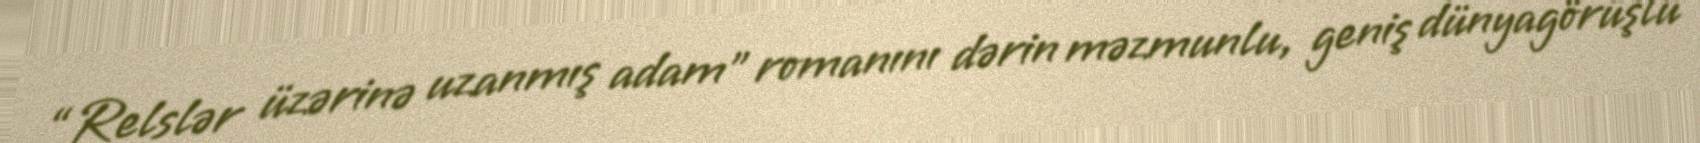
“Relslər üzərinə uzanmış adam” romanını dərin məzmunlu, geniş dünyagörüşlü